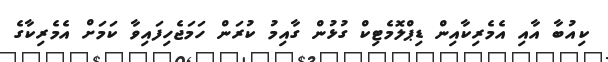
ކިއުބާ އާއި އެމެރިކާއިން ޑިޕްލޮމެޓިކް ގުޅުން ގާއިމު ކުރަން ހަމަޖެހިފައިވާ ކަމަށް އެމެރިކާގެ